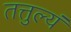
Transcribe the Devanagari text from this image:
तत्तुल्यं